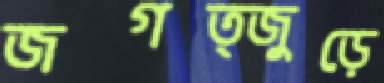
জগত্জুড়ে